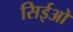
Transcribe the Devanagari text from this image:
सिईओ